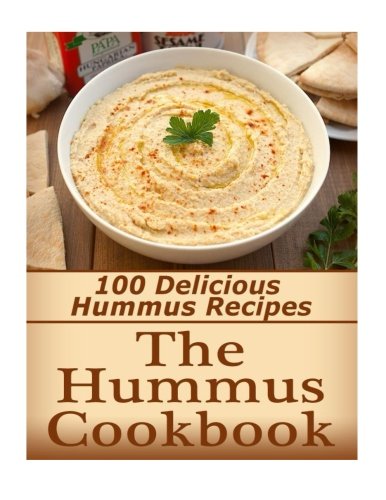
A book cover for The Hummus Cookbook: 100 Delicious Hummus Recipes; Kayla Langford; Cookbooks, Food & Wine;